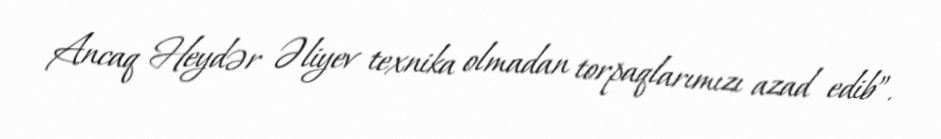
Ancaq Heydər Əliyev texnika olmadan torpaqlarımızı azad edib”.